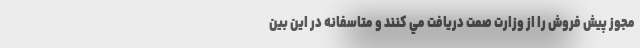
مجوز پيش فروش را از وزارت صمت دريافت مي کنند و متاسفانه در اين بين